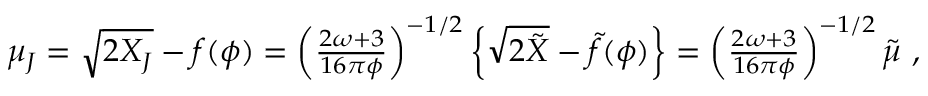
\begin{array} { r } { \mu _ { J } = \sqrt { 2 X _ { J } } - f ( \phi ) = \left( \frac { 2 \omega + 3 } { 1 6 \pi \phi } \right) ^ { - 1 / 2 } \left\{ \sqrt { 2 \tilde { X } } - \tilde { f } ( \phi ) \right\} = \left( \frac { 2 \omega + 3 } { 1 6 \pi \phi } \right) ^ { - 1 / 2 } \tilde { \mu } ~ , } \end{array}